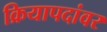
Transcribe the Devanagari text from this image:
क्रियापदांवर